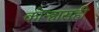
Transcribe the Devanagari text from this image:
कोन्हासही